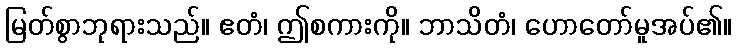
မြတ်စွာဘုရားသည်။ ဧတံ၊ ဤစကားကို။ ဘာသိတံ၊ ဟောတော်မူအပ်၏။